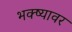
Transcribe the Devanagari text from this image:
भक्ष्यावर